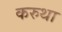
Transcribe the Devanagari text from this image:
करुथा